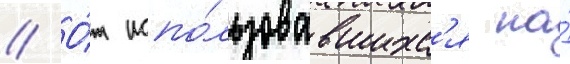
// О́т испо́льзовавшихс'я на́